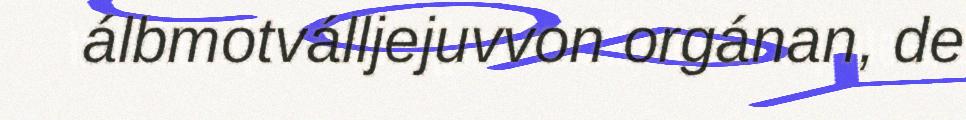
álbmotválljejuvvon orgánan, de